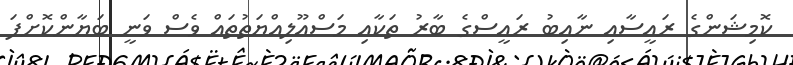
ކޮމިޝަންގެ ރައީސާއި ނާއިބު ރައީސްގެ ބާރު ތަކާއި މަސްއޫލިއްޔަތުތައް ވެސް ވަނީ ބަޔާންކޮށްފަ